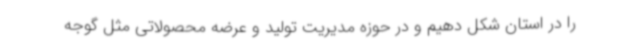
را در استان شکل دهیم و در حوزه مدیریت تولید و عرضه محصولاتی مثل گوجه